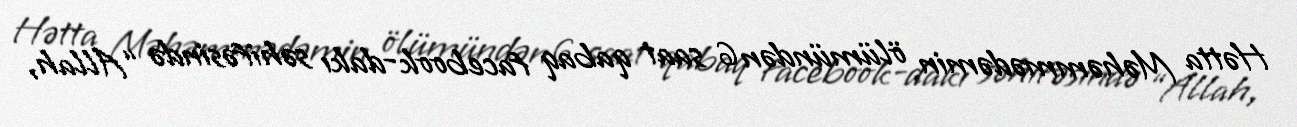
Hətta Məhəmmədəmin ölümündən 6 saat qabaq facebook-dakı səhifəsində “Allah,